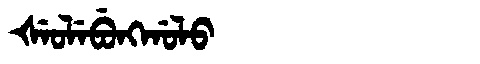
Manchu: ᡧᡝᠣᠯᡝᠪᡠᠩᡤᠣᠯᠣ
Romanization: ŠEOLEBUNGGOLO